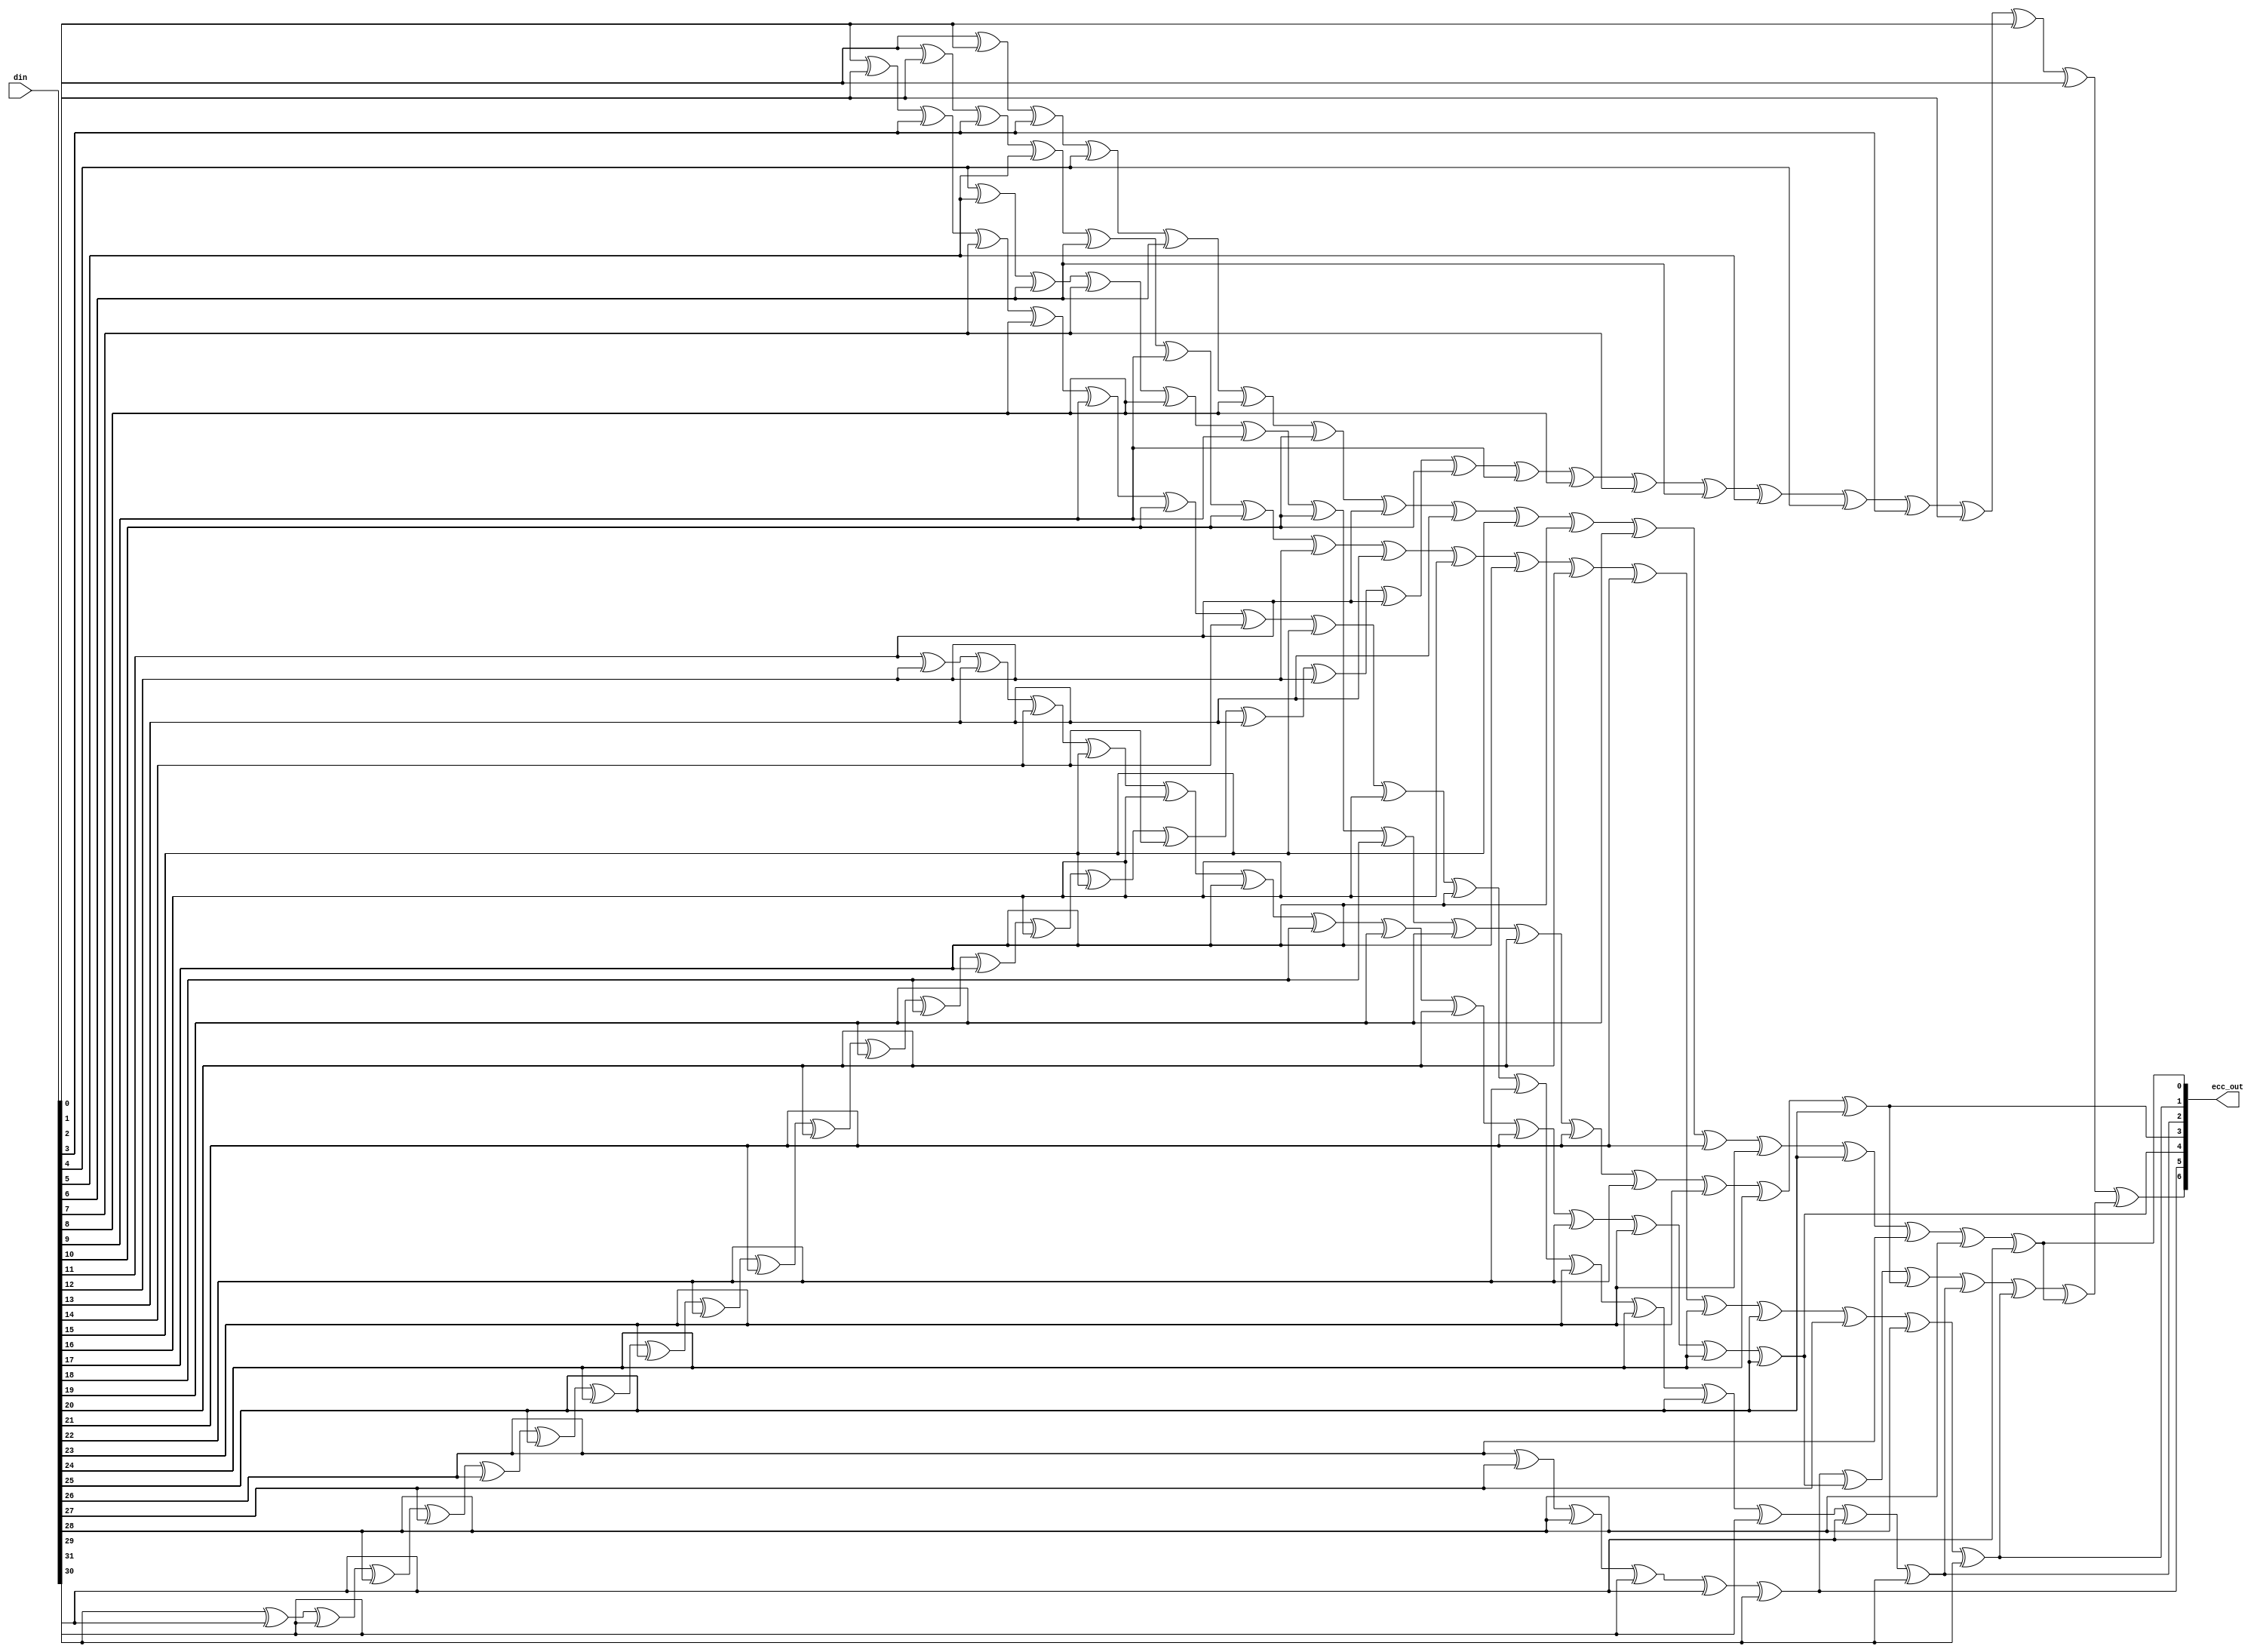
module rvecc_encode
(
  din,
  ecc_out
);

  input [31:0] din;
  output [6:0] ecc_out;
  wire [6:0] ecc_out;
  wire N0,N1,N2,N3,N4,N5,N6,N7,N8,N9,N10,N11,N12,N13,N14,N15,N16,N17,N18,N19,N20,N21,
  N22,N23,N24,N25,N26,N27,N28,N29,N30,N31,N32,N33,N34,N35,N36,N37,N38,N39,N40,N41,
  N42,N43,N44,N45,N46,N47,N48,N49,N50,N51,N52,N53,N54,N55,N56,N57,N58,N59,N60,N61,
  N62,N63,N64,N65,N66,N67,N68,N69,N70,N71,N72,N73,N74,N75,N76,N77,N78,N79,N80,N81,
  N82,N83,N84,N85,N86,N87,N88,N89,N90,N91,N92,N93,N94,N95,N96,N97,N98,N99,N100,N101,
  N102,N103,N104,N105,N106,N107,N108,N109,N110,N111,N112,N113;
  assign ecc_out[0] = N15 ^ din[30];
  assign N15 = N14 ^ din[28];
  assign N14 = N13 ^ din[26];
  assign N13 = N12 ^ din[25];
  assign N12 = N11 ^ din[23];
  assign N11 = N10 ^ din[21];
  assign N10 = N9 ^ din[19];
  assign N9 = N8 ^ din[17];
  assign N8 = N7 ^ din[15];
  assign N7 = N6 ^ din[13];
  assign N6 = N5 ^ din[11];
  assign N5 = N4 ^ din[10];
  assign N4 = N3 ^ din[8];
  assign N3 = N2 ^ din[6];
  assign N2 = N1 ^ din[4];
  assign N1 = N0 ^ din[3];
  assign N0 = din[0] ^ din[1];
  assign ecc_out[1] = N31 ^ din[31];
  assign N31 = N30 ^ din[28];
  assign N30 = N29 ^ din[27];
  assign N29 = N28 ^ din[25];
  assign N28 = N27 ^ din[24];
  assign N27 = N26 ^ din[21];
  assign N26 = N25 ^ din[20];
  assign N25 = N24 ^ din[17];
  assign N24 = N23 ^ din[16];
  assign N23 = N22 ^ din[13];
  assign N22 = N21 ^ din[12];
  assign N21 = N20 ^ din[10];
  assign N20 = N19 ^ din[9];
  assign N19 = N18 ^ din[6];
  assign N18 = N17 ^ din[5];
  assign N17 = N16 ^ din[3];
  assign N16 = din[0] ^ din[2];
  assign ecc_out[2] = N47 ^ din[31];
  assign N47 = N46 ^ din[30];
  assign N46 = N45 ^ din[29];
  assign N45 = N44 ^ din[25];
  assign N44 = N43 ^ din[24];
  assign N43 = N42 ^ din[23];
  assign N42 = N41 ^ din[22];
  assign N41 = N40 ^ din[17];
  assign N40 = N39 ^ din[16];
  assign N39 = N38 ^ din[15];
  assign N38 = N37 ^ din[14];
  assign N37 = N36 ^ din[10];
  assign N36 = N35 ^ din[9];
  assign N35 = N34 ^ din[8];
  assign N34 = N33 ^ din[7];
  assign N33 = N32 ^ din[3];
  assign N32 = din[1] ^ din[2];
  assign ecc_out[3] = N60 ^ din[25];
  assign N60 = N59 ^ din[24];
  assign N59 = N58 ^ din[23];
  assign N58 = N57 ^ din[22];
  assign N57 = N56 ^ din[21];
  assign N56 = N55 ^ din[20];
  assign N55 = N54 ^ din[19];
  assign N54 = N53 ^ din[18];
  assign N53 = N52 ^ din[10];
  assign N52 = N51 ^ din[9];
  assign N51 = N50 ^ din[8];
  assign N50 = N49 ^ din[7];
  assign N49 = N48 ^ din[6];
  assign N48 = din[4] ^ din[5];
  assign ecc_out[4] = N73 ^ din[25];
  assign N73 = N72 ^ din[24];
  assign N72 = N71 ^ din[23];
  assign N71 = N70 ^ din[22];
  assign N70 = N69 ^ din[21];
  assign N69 = N68 ^ din[20];
  assign N68 = N67 ^ din[19];
  assign N67 = N66 ^ din[18];
  assign N66 = N65 ^ din[17];
  assign N65 = N64 ^ din[16];
  assign N64 = N63 ^ din[15];
  assign N63 = N62 ^ din[14];
  assign N62 = N61 ^ din[13];
  assign N61 = din[11] ^ din[12];
  assign ecc_out[5] = N77 ^ din[31];
  assign N77 = N76 ^ din[30];
  assign N76 = N75 ^ din[29];
  assign N75 = N74 ^ din[28];
  assign N74 = din[26] ^ din[27];
  assign ecc_out[6] = N108 ^ N113;
  assign N108 = N107 ^ din[0];
  assign N107 = N106 ^ din[1];
  assign N106 = N105 ^ din[2];
  assign N105 = N104 ^ din[3];
  assign N104 = N103 ^ din[4];
  assign N103 = N102 ^ din[5];
  assign N102 = N101 ^ din[6];
  assign N101 = N100 ^ din[7];
  assign N100 = N99 ^ din[8];
  assign N99 = N98 ^ din[9];
  assign N98 = N97 ^ din[10];
  assign N97 = N96 ^ din[11];
  assign N96 = N95 ^ din[12];
  assign N95 = N94 ^ din[13];
  assign N94 = N93 ^ din[14];
  assign N93 = N92 ^ din[15];
  assign N92 = N91 ^ din[16];
  assign N91 = N90 ^ din[17];
  assign N90 = N89 ^ din[18];
  assign N89 = N88 ^ din[19];
  assign N88 = N87 ^ din[20];
  assign N87 = N86 ^ din[21];
  assign N86 = N85 ^ din[22];
  assign N85 = N84 ^ din[23];
  assign N84 = N83 ^ din[24];
  assign N83 = N82 ^ din[25];
  assign N82 = N81 ^ din[26];
  assign N81 = N80 ^ din[27];
  assign N80 = N79 ^ din[28];
  assign N79 = N78 ^ din[29];
  assign N78 = din[31] ^ din[30];
  assign N113 = N112 ^ ecc_out[0];
  assign N112 = N111 ^ ecc_out[1];
  assign N111 = N110 ^ ecc_out[2];
  assign N110 = N109 ^ ecc_out[3];
  assign N109 = ecc_out[5] ^ ecc_out[4];

endmodule